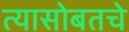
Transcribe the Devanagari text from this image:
त्यासोबतचे